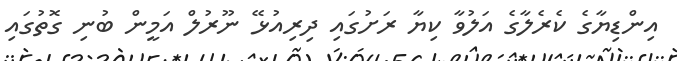
އިންޑިޔާގެ ކެރެލާގެ އަލުވާ ކިޔާ ރަށުގައި ދިރިއުޅޭ ނޫރުލް އަމީން ބުނި ގޮތުގައި